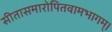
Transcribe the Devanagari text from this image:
सीतासमारोपितवामभागम्।